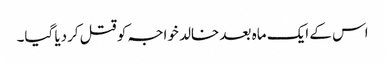
اس کے ایک ماہ بعد خالد خواجہ کو قتل کردیا گیا۔